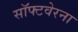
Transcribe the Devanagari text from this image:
सॉफ्टवेरना